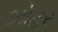
ઝોહર